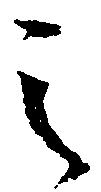
之